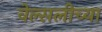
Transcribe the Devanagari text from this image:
वेल्सलीच्या